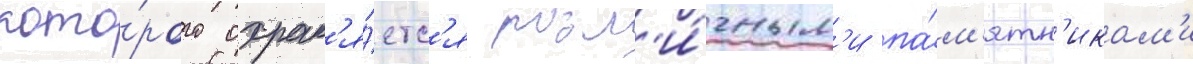
кото́рого охран'я́етс'я разл'и́чным'и па́м'ятн'икам'и